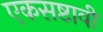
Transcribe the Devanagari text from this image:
एकसष्टावी